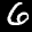
Label: 6